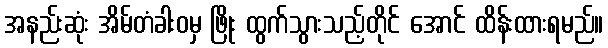
အနည်းဆုံး အိမ်တံခါးဝမှ ဖြိုး ထွက်သွားသည့်တိုင် အောင် ထိန်းထားရမည်။